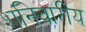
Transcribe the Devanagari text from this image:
शनिवारीय